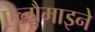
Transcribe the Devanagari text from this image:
ऐल्गैमाइने